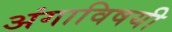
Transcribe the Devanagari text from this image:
अंगाविषयी